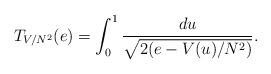
LaTeX: \begin{align*}T_{V/N^2}(e)=\int_0^1\frac{du}{\sqrt{2(e- V(u)/N^2)}}.\end{align*}